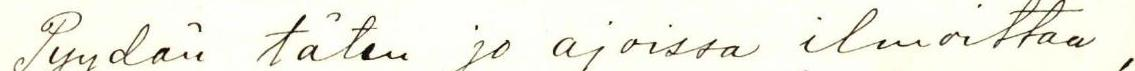
Pyydän täten jo ajoissa ilmoittaa,